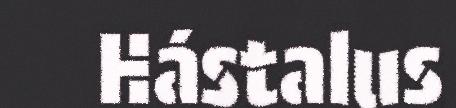
Hástalus